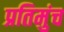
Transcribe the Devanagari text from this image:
प्रतिमुंच